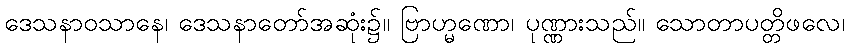
ဒေသနာဝသာနေ၊ ဒေသနာတော်အဆုံး၌။ ဗြာဟ္မဏော၊ ပုဏ္ဏားသည်။ သောတာပတ္တိဖလေ၊